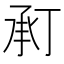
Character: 𢬫